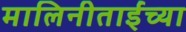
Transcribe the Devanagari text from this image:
मालिनीताईंच्या